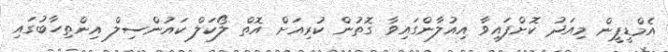
އެމްޑީޕީން މިއަދު ކޮށްފައިވާ އިއުލާންގައިވާ ގޮތުން ކުރިއަށް އޮތް ލޯކަލް ކައުންސިލް އިންތިހާބުގައި